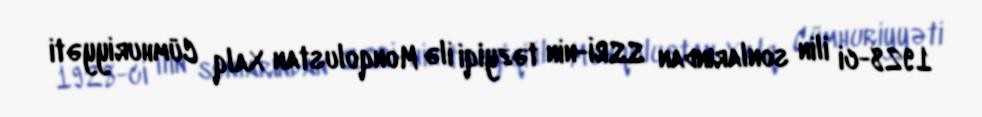
1928-ci ilin sonlarından SSRİ-nin təzyiqi ilə Monqolustan Xalq Cümhuriyyəti